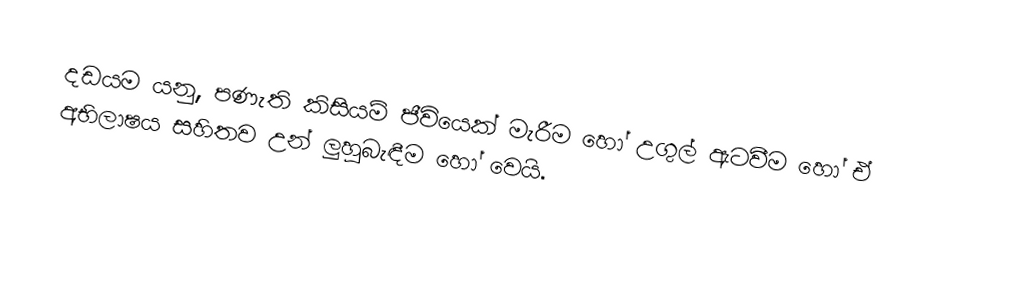
දඩයම යනු, පණැති කිසියම් ජීවියෙක් මැරීම හෝ උගුල් ඇටවීම හෝ ඒ අභිලාෂය සහිතව උන් ලුහුබැඳීම හෝ වෙයි.